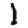
Digit: 1